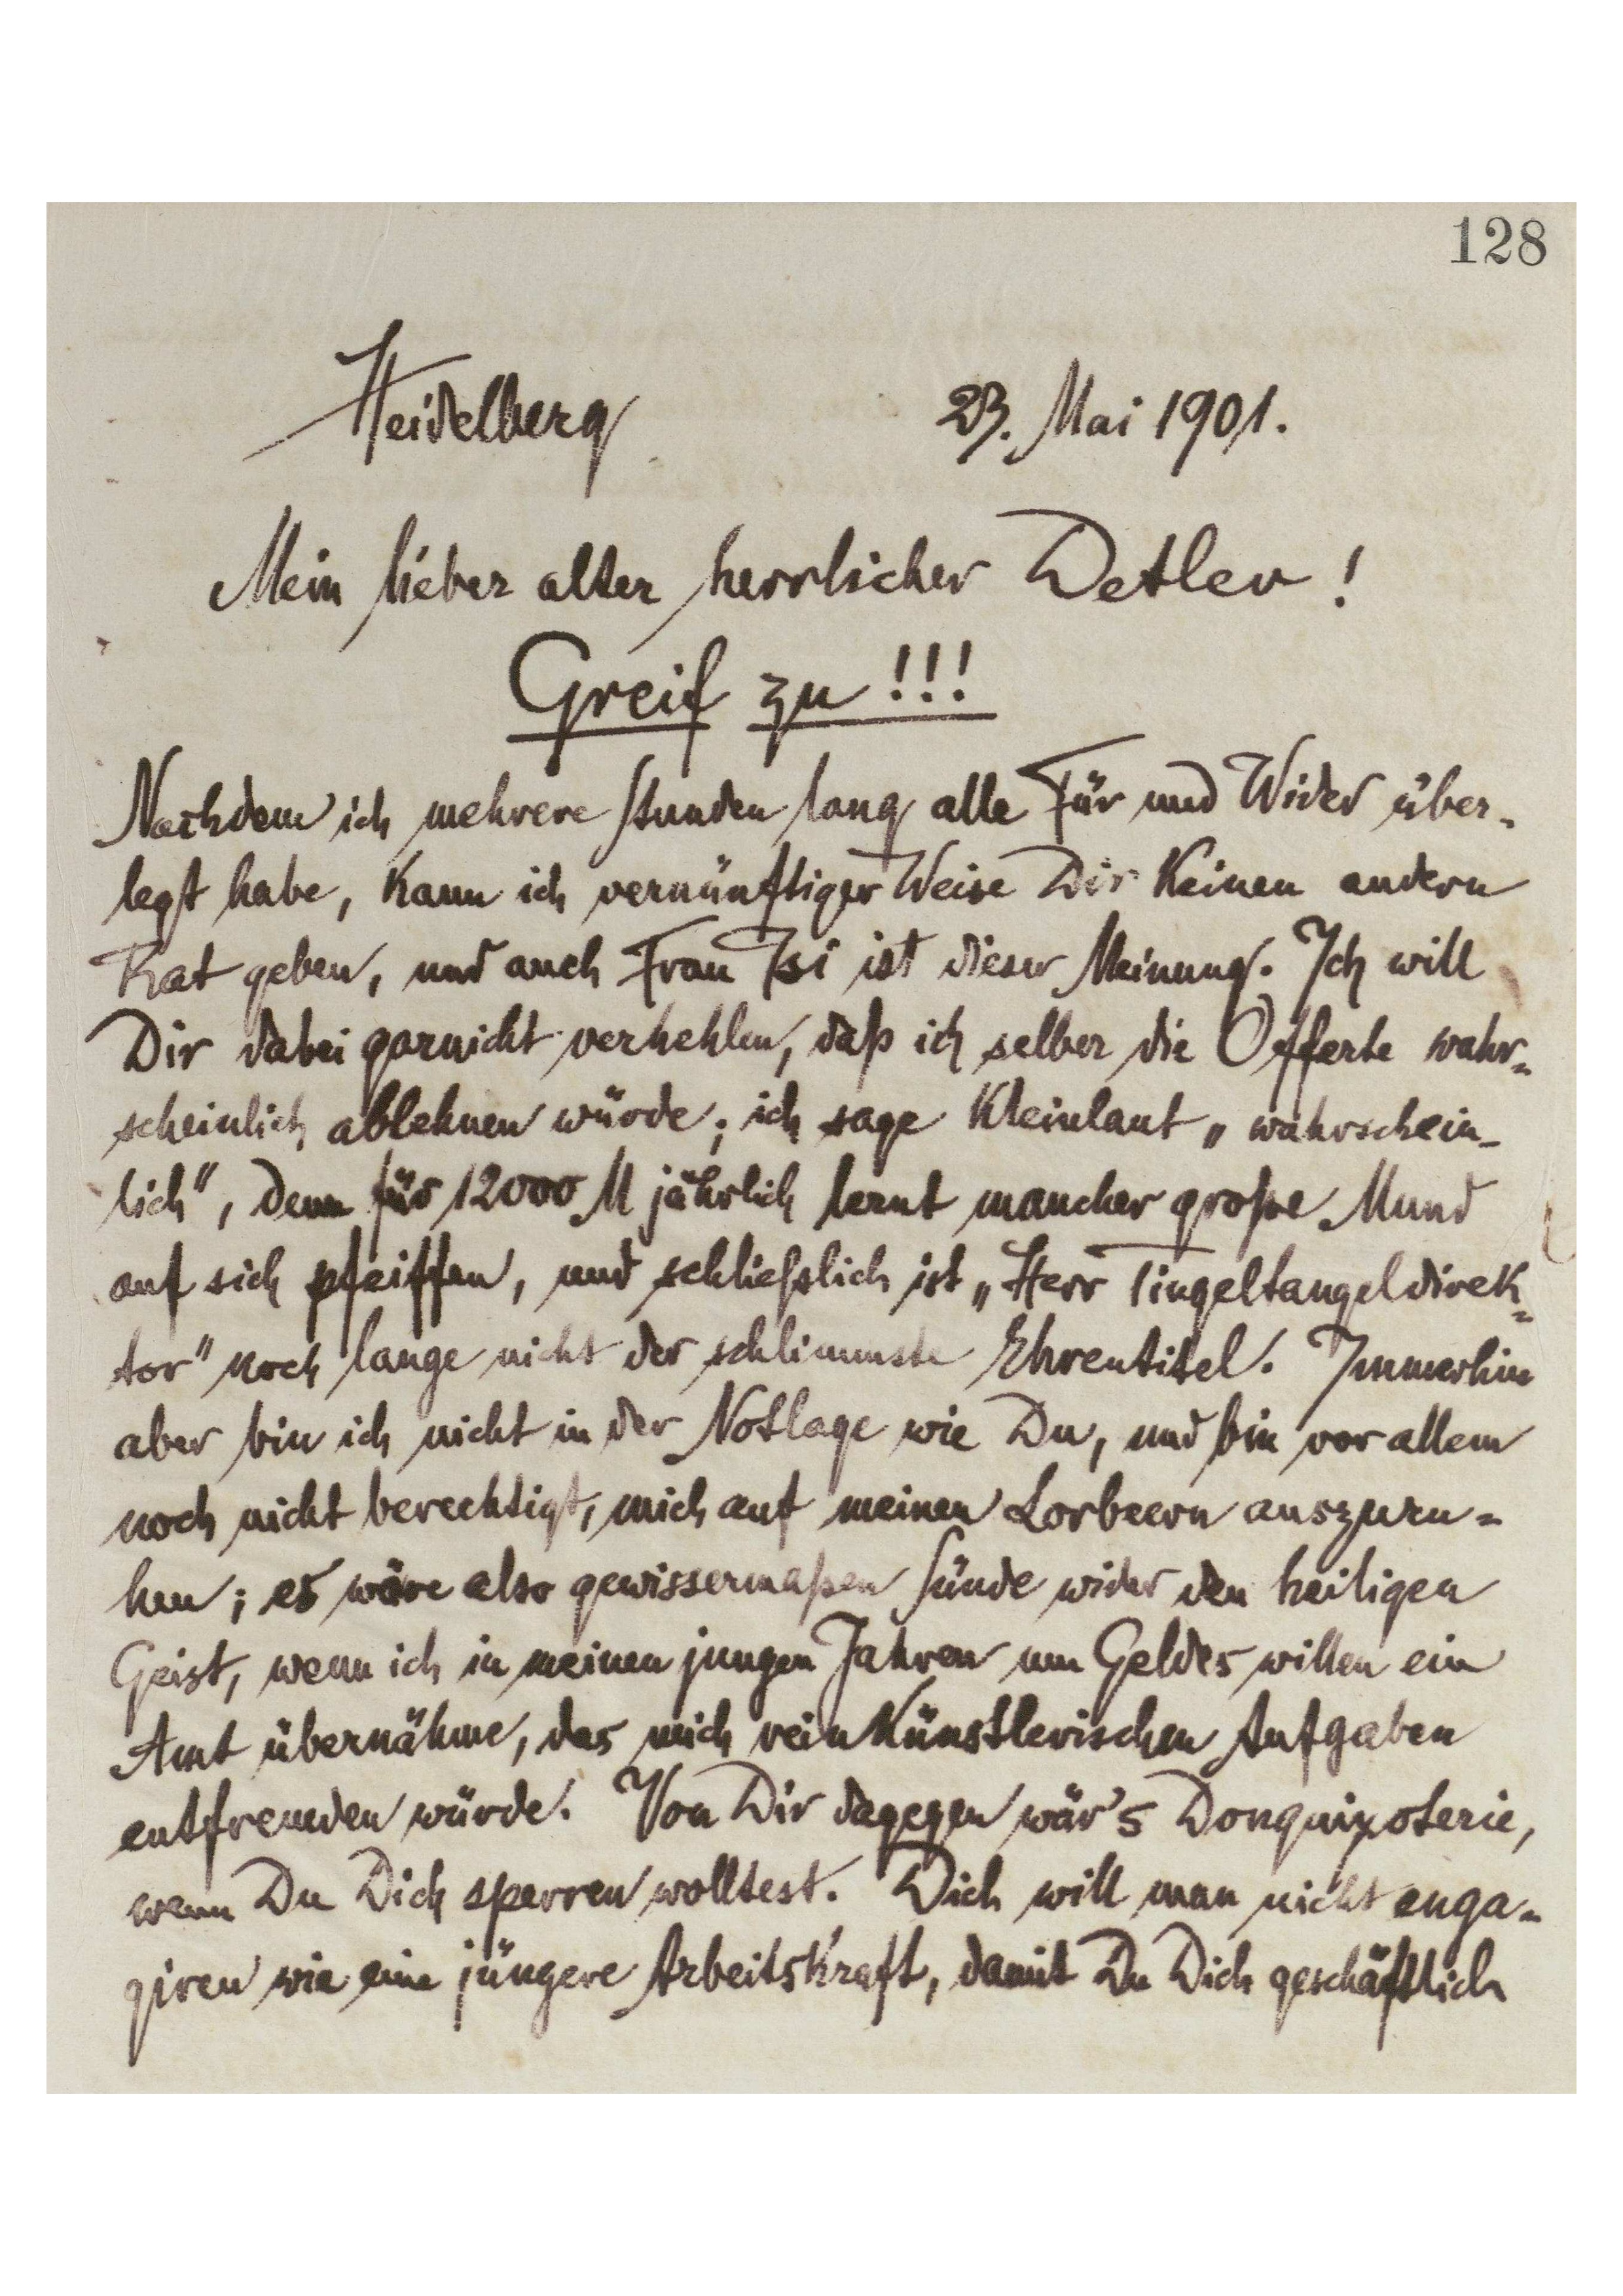
[128]
Heidelberg
23. Mai 1901
Mein lieber alter herrlicher Detlev!
Greif zu!!!
Nachdem ich mehrere Stunden lang alle Für und Wider über-
legt habe, kann ich vernünftiger Weise dir keinen andern
Rat geben, und auch Frau Isi ist dieser Meinung. Ich will
Dir dabei garnicht verhehlen, daß ich selber die Offerte wahr-
scheinlich ablehnen würde; ich sage kleinlaut „wahrschein-
lich‟, denn für 12000 M jährlich lernt mancher große Mund
auf sich pfeiffen, und schließlich ist „Herr Tingeltangeldirek-
tor‟ noch lange nicht der schlimmste Ehrentitel. Immerhin
aber bin ich nicht in der Notlage wie Du, und bin vor allem
noch nicht berechtigt, mich auf meinen Lorbeern auszuru-
hen; es wäre also gewissenermaßen Sünde wider den heiligen
Geist, wenn ich in meinen jungen Jahren um Geldes willen ein
Amt übernähme, das mich rein künstlerischen Aufgaben
entfremden würde. Von Dir dagegen wär’s Donquixoterie,
wenn Du Dich sperren solltest. Dich will man nicht enga-
giren wie eine jüngere Arbeitskraft, damit Du Dich geschäftlich